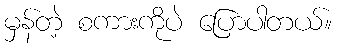
မှန်တဲ့ စကားကိုပဲ ပြောပါတယ်။